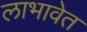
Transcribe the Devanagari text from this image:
लाभावेत